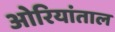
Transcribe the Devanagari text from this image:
ओरियांताल